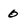
Character: 0